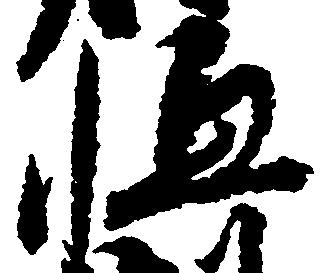
恒